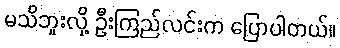
မသိဘူးလို့ ဦးကြည်လင်းက ပြောပါတယ်။